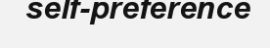
self-preference